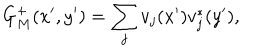
LaTeX: G _ { M } ^ { + } ( x ^ { \prime } , y ^ { \prime } ) = \sum _ { j } v _ { j } ( x ^ { \prime } ) v _ { j } ^ { * } ( y ^ { \prime } ) ,